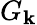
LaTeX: G_{\mathbf{k}}